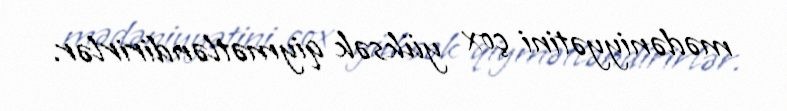
mədəniyyətini çox yüksək qiymətləndirirlər.